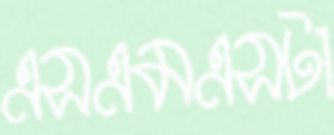
এসএমএসটা